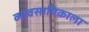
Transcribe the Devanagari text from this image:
व्यावसायिकाला